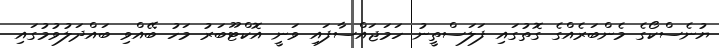
ޔުނެސްކޯގެ މެންބަރެއްގެ ގޮތުގައި ފަލަސްތީނު ހަމަޖައްސާފައި ވަނީ އޮކްޓޫބަރު މަހު ބޭއްވި ބައްދަލުވުމުގައި